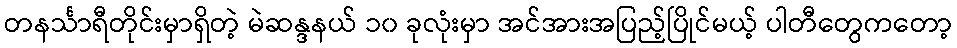
တနင်္သာရီတိုင်းမှာရှိတဲ့ မဲဆန္ဒနယ် ၁၀ ခုလုံးမှာ အင်အားအပြည့်ပြိုင်မယ့် ပါတီတွေကတော့